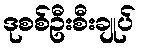
ဒုစစ်ဦးစီးချုပ်